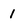
Character: 1